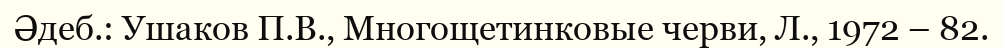
Әдеб.: Ушаков П.В., Многощетинковые черви, Л., 1972 – 82.